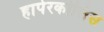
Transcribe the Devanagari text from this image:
हार्परकोलिंस